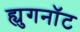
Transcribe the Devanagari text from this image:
ह्युगनॉट